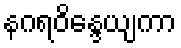
နဂရဝိန္ဒေယျကာ